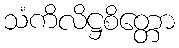
သံကိလိဋ္ဌစိတ္တော